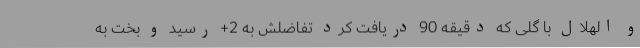
و الهلال با گلی که دقیقه 90 دریافت کرد تفاضلش به 2+ رسید و بخت به